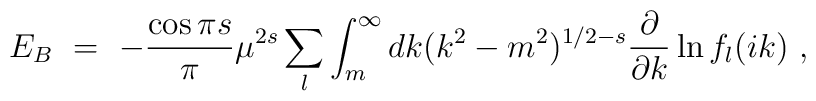
E_{B}\ =\ -\frac{\cos \pi s}{\pi} \mu^{2s} \sum_l \int_{m}^\infty dk (k^2-m^2)^{1/2-s}\frac{\partial}{\partial k} \ln f_l(ik)\ ,